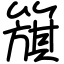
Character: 簱